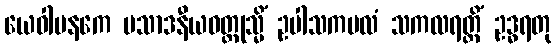
ယေဝါပနကေ ပသာဒနီယဝတ္ထုသ္မိံ ဥပါသကမလံ သကလရတ္တိံ ဥဒ္ဓရတု